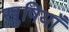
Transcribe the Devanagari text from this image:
ख़ुषियाँ